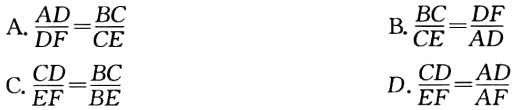
A. $\frac{AD}{DF}=\frac{BC}{CE}$

B. $\frac{BC}{CE}=\frac{DF}{AD}$

C. $\frac{CD}{EF}=\frac{BC}{BE}$

D. $\frac{CD}{EF}=\frac{AD}{AF}$